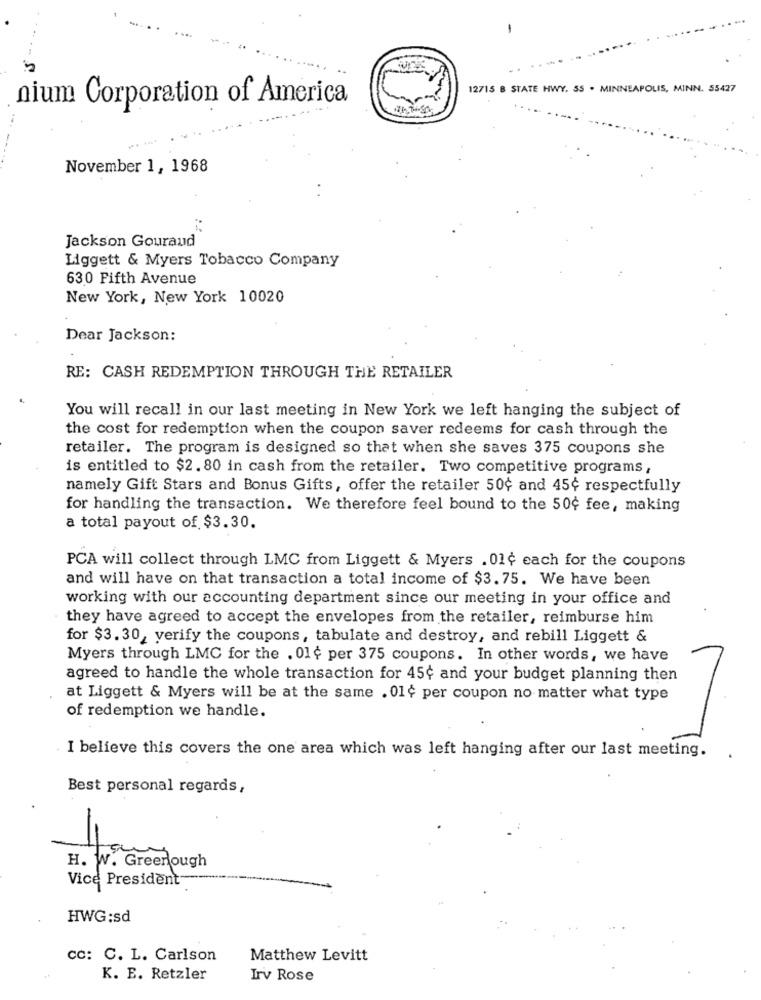
-
12715 B STATE HWY. SS . MINNEAPOLIS, MINN. 55427
nium Corporation of America
November 1, 1968
Jackson Gouraud
Liggett & Myers Tobacco Company
630 Fifth Avenue
New York, New York 10020
Dear Jackson:
RE: CASH REDEMPTION THROUGH THE RETAILER
You will recall in our last meeting in New York we left hanging the subject of
the cost for redemption when the coupon saver redeems for cash through the
retailer. The program is designed so that when she saves 375 coupons she
is entitled to $2. 80 in cash from the retailer. Two competitive programs,
namely Gift Stars and Bonus Gifts, offer the retailer 50¢ and 45¢ respectfully
for handling the transaction. We therefore feel bound to the 50℃ fee, making
a total payout of $3.30.
PCA will collect through LMC from Liggett & Myers . 01¢ each for the coupons
and will have on that transaction a total income of $3.75. We have been
working with our accounting department since our meeting in your office and
they have agreed to accept the envelopes from the retailer, reimburse him
for $3. 30, verify the coupons, tabulate and destroy, and rebill Liggett &
Myers through LMC for the . 01¢ per 375 coupons. In other words, we have
agreed to handle the whole transaction for 45¢ and your budget planning then
at Liggett & Myers will be at the same . 01¢ per coupon no matter what type
of redemption we handle.
I believe this covers the one area which was left hanging after our last meeting.
Best personal regards,
-
H. W. Greenough
Vice President
HWG:sd
cc: C. L. Carlson
Matthew Levitt
K. E. Retzler
Irv Rose